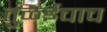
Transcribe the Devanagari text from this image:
तुळईचाच